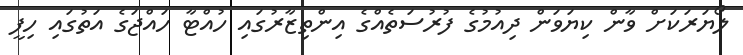
ލޯޔަރަކަށް ވާން ކިޔަވަން ދިއުމުގެ ފުރުސަތެއްގެ އިންތިޒާރުގައި ހުއްޓާ ހައްޖަގެ އަތުގައި ހިފީ